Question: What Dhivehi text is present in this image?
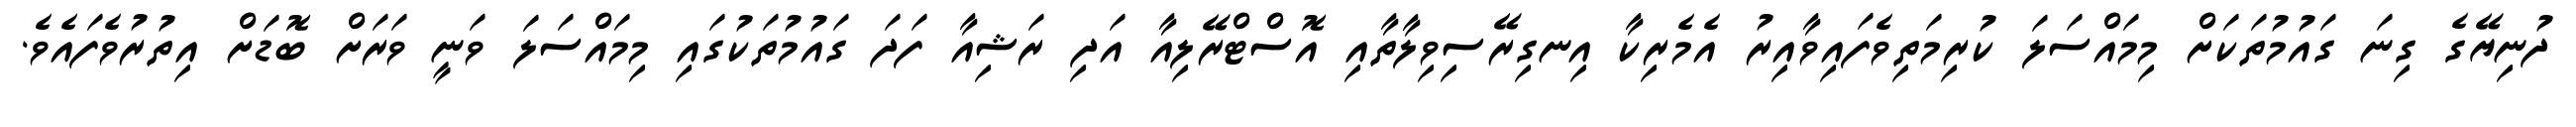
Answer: ދުނިޔޭގެ ގިނަ ގައުމުތަކަށް މިމައްސަލަ ކުރިމަތިވެފައިވާއިރު އެމެރިކާ އިނގިރޭސިވިލާތާއި އޮސްޓްރޭލިއާ އަދި ރަޝިއާ ފަދަ ގައުމުތަކުގައި މިމައްސަލަ ވަނީ ވަރަށް ބޮޑަށް އިތުރުވެފައެވެ.